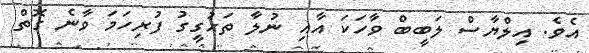
އެވެ. އިލްޔާސް ލަބީބް ވާހަކަ އާއި ނުލާ ތަހުގީގު ފުރިހަމަ ވާނެ ގޮތް